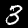
Label: 3